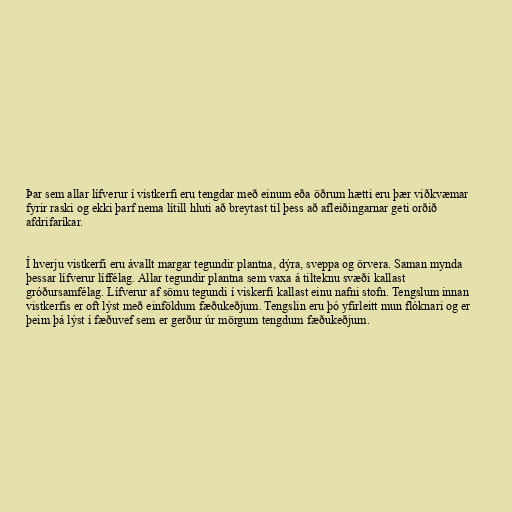
Þar sem allar lífverur í vistkerfi eru tengdar með einum eða öðrum hætti eru þær viðkvæmar
fyrir raski og ekki þarf nema lítill hluti að breytast til þess að afleiðingarnar geti orðið
afdrifaríkar.

Í hverju vistkerfi eru ávallt margar tegundir plantna, dýra, sveppa og örvera. Saman mynda
þessar lífverur líffélag. Allar tegundir plantna sem vaxa á tilteknu svæði kallast
gróðursamfélag. Lífverur af sömu tegundi í viskerfi kallast einu nafni stofn. Tengslum innan
vistkerfis er oft lýst með einföldum fæðukeðjum. Tengslin eru þó yfirleitt mun flóknari og er
þeim þá lýst í fæðuvef sem er gerður úr mörgum tengdum fæðukeðjum.